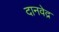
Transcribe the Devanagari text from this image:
दानवेद्र